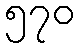
၅၇၀